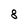
Character: 8